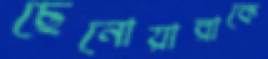
ছেনোয়ারাকে